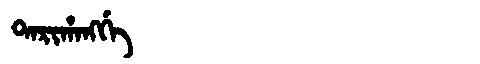
Manchu: ᡨᠠᡵᡳᡥᠠᠩᡤᡝ
Romanization: TARIHANGGE